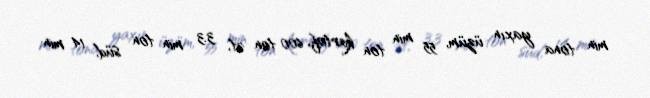
min tona yaxın üzüm, 55 min ton kartof, 600 ton ət, 3.3 min ton süd, 14 min